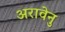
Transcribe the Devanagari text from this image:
अरावेनु